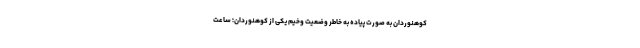
کوهنوردان به صورت پیاده به خاطر وضعیت وخیم یکی از کوهنوردان؛ ساعت